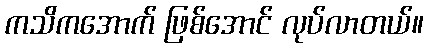
ကသိကအောက် ဖြစ်အောင် လုပ်လာတယ်။